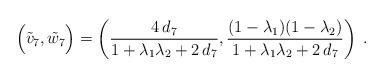
LaTeX: \begin{align*} \Big(\tilde{v}_7, \tilde{w}_7\Big) = \left( \dfrac{4 \, d_7}{1+\lambda_1\lambda_2+2 \, d_7}, \dfrac{(1-\lambda_1)(1-\lambda_2)}{1+\lambda_1\lambda_2+2 \, d_7} \right) \;.\end{align*}